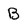
Character: B